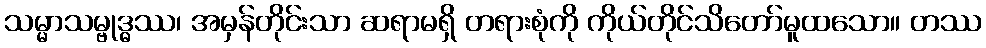
သမ္မာသမ္ဗုဒ္ဓဿ၊ အမှန်တိုင်းသာ ဆရာမရှိ တရားစုံကို ကိုယ်တိုင်သိတော်မူထသော။ တဿ